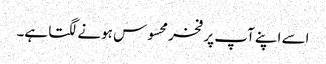
اسے اپنے آپ پر فخر محسوس ہونے لگتا ہے۔